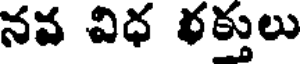
నవ విధ రక్తులు